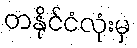
တနိုင်ငံလုံးမှ